Report on plague and inoculation in the Punjab from October 1st ... to September 30th..., being the ... season of plague in the province
Disease focus: Plague
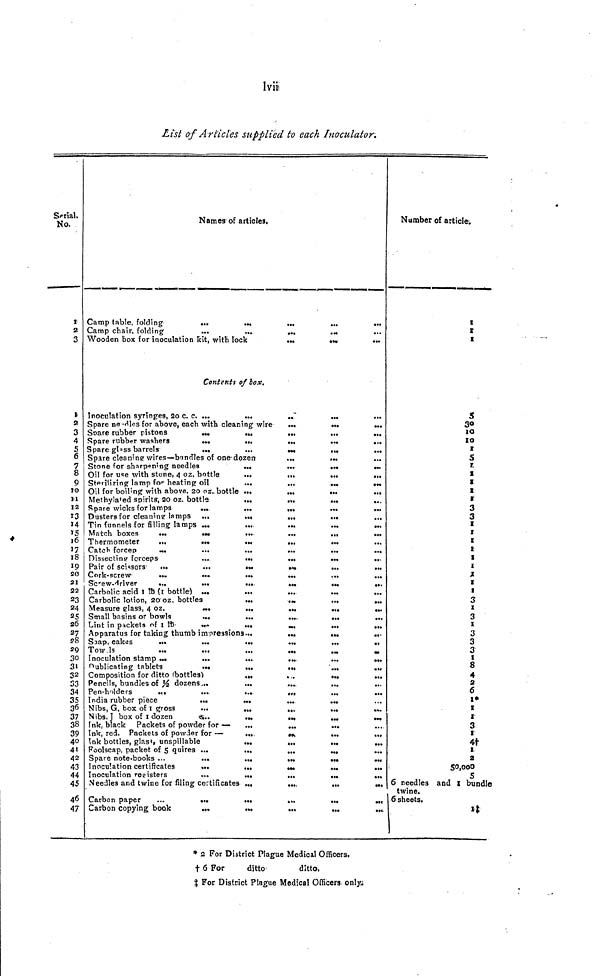
lvii
List of Articles supplied to each Inoculator.
Serial.
No.
1
2
3
1
2
3
4
S
6
7
8
9
10
11
12
13
15
16
17
18
19
20
21
22
23
24
25
26
27
28
20
30
31
32
S3
34
35
36
37
38
39
40
41
42
43
44
45
46
47
Names of articles.
Camp table, folding
...
...
...
...
...
Camp chair, folding
...
...
...
...
...
Wooden box for inoculation Rît, with lock
...
Contents of box.
Inoculation syringes, 2o c. c. ...
...
..
Spare needles for above, each with cleaning wire
...
...
...
Spare rubber pistons
...
...
,„
...
...
Spare rubber washers
...
...
...
...
...
Spare glass barrels
...
...
...
...
...
Spare cleaning wires—bundles of one dozen
...
...
...
Stone for sharpening needles
...
...
...
...
Oil for use with stone, 4 oz, bottle
...
...
...
...
Sterilizing lamp for heating oil
...
...
...
...
Oil for boiling with above, 20 oz. bottle ...
...
...
...
Methylated spirits, 20 oz. bottle
...
...
...
...
Spare wicks for lamps
...
...
...
...
...
Dusters for cleaning lamps ...
...
...
...
Tin funnels for filling lamps ...
...
...
...
...
Match boxes
...
...
...
...
...
...
Thermometer
...
...
...
...
...
...
Catch forcep
...
...
...
...
...
...
Dissecting forceps
...
...
...
...
...
Pair of scissors
Cork-screw
...
...
...
...
...
...
Screw-driver
...
...
...
...
...
...
Carbolic acid I ft (1 bottle) ...
...
...
...
...
Carbolic lotion, 20 oz, bottles
...
...
...
...
Measure glass, 4 oz,
...
...
...
...
.,,
Small basins or bowls
...
...
....
...
...
Lint in packets of 1 1b.
Apparatus for taking thumb impressions...
...
...
...
Soap, cakes
•••
...
...
...
...
..
Tow Is
Inoculation stamp ...
...
...
...
...
...
publicating tablets
...
...
...
...
...
Composition for ditto (bottles)
...
...
...
...
Pencils, bundles of ½ dozens...
...
...
...
...
Pen-holders
...
...
....
...
...
...
India rubber piece
...
...
...
...
Nibs, G, box of I gross
...
...
...
...
Nibs, 1 box of l dozen
Ink, black Packets of powder for —
...
...
...
Ink, red. Packets of powder for —
....
...
...
Ink bottles, glass, unspillable
...
...
...
...
Foolscap, packet of 5 quires ...
...
...
...
...
Spare note-books ...
...
...
...
...
...
Inoculation certificates
...
...
...
...
...
Inoculation registers
...
...
...
...
...
Needles and twine for filing certificates ...
....
...
...
Carbon paper
...
...
...
...
...
...
Carbon copying book
...
...
...
...
...
Number of article.
1
1
t
S
30
10
10
1
5
7.
X
1
s
r
3
3
1
t
E
1
I
I
X
I
I
3
z
3
1
3
3
3
t
8
4
2
6
1*
1
r
3
1
4†
1
2
50,000
S
6 needles and I bundle
twine.
6 sheets.
1$
* 2 For District Plague Medical Officers.
† 6 For
ditto
ditto.
‡ For District Plague Medical Officers only.